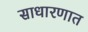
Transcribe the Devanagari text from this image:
साधारणात